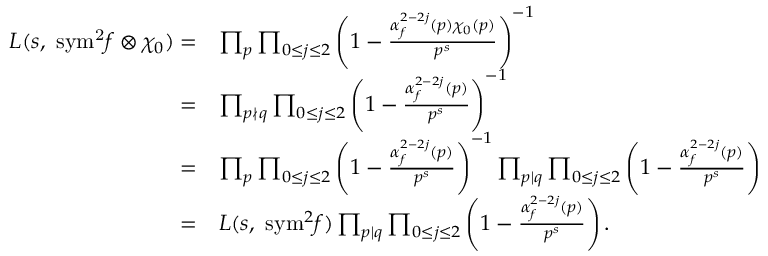
\begin{array} { r l } { L ( s , \ \mathrm { { s y m } ^ { 2 } } f \otimes \chi _ { 0 } ) = } & { \prod _ { p } \prod _ { 0 \leq j \leq 2 } \left( 1 - \frac { \alpha _ { f } ^ { 2 - 2 j } ( p ) \chi _ { 0 } ( p ) } { p ^ { s } } \right) ^ { - 1 } } \\ { = } & { \prod _ { p \nmid q } \prod _ { 0 \leq j \leq 2 } \left( 1 - \frac { \alpha _ { f } ^ { 2 - 2 j } ( p ) } { p ^ { s } } \right) ^ { - 1 } } \\ { = } & { \prod _ { p } \prod _ { 0 \leq j \leq 2 } \left( 1 - \frac { \alpha _ { f } ^ { 2 - 2 j } ( p ) } { p ^ { s } } \right) ^ { - 1 } \prod _ { p \mid q } \prod _ { 0 \leq j \leq 2 } \left( 1 - \frac { \alpha _ { f } ^ { 2 - 2 j } ( p ) } { p ^ { s } } \right) } \\ { = } & { L ( s , \ { \mathrm { s y m } ^ { 2 } } f ) \prod _ { p \mid q } \prod _ { 0 \leq j \leq 2 } \left( 1 - \frac { \alpha _ { f } ^ { 2 - 2 j } ( p ) } { p ^ { s } } \right) . } \end{array}